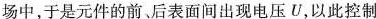
场中，于是元件的前。后表面间出现电压U，以此控制